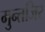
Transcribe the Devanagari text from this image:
मुन्तजिर